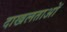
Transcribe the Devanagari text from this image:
दाखलताओं